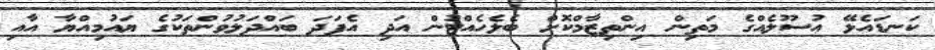
ކަނޑައެޅޭ އުސޫލެއްގެ މަތިން އިންތިޒާމްކޮށް ބެލެހެއްޓުން އަދި އެފަދަ ބައްދަލުވުންތަކުގެ ޔައުމިއްޔާ އާއި